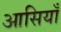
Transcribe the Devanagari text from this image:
आसियाँ